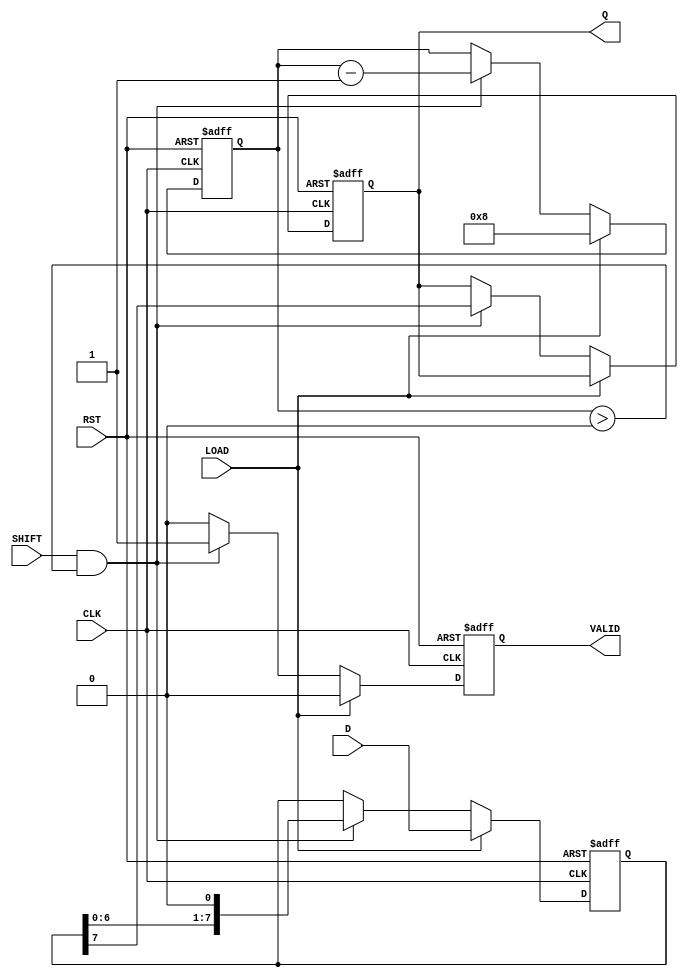
module PISO_Register #(
    parameter WIDTH = 8 // Define the width of the register
)(
    input  wire [WIDTH-1:0] D,      // Parallel data input
    input  wire LOAD,                 // Load control signal
    input  wire SHIFT,                // Shift control signal
    input  wire CLK,                  // Clock signal
    input  wire RST,                  // Asynchronous reset
    output reg  Q,                    // Serial output
    output reg  VALID                 // Data valid signal
);

    reg [WIDTH-1:0] storage;          // Storage register
    reg [3:0] bit_count;               // Counter for bits shifted out

    // Asynchronous reset
    always @(posedge CLK or posedge RST) begin
        if (RST) begin
            storage <= {WIDTH{1'b0}};   // Clear storage register
            Q <= 1'b0;                  // Clear serial output
            VALID <= 1'b0;              // Clear valid signal
            bit_count <= 4'b0;          // Reset bit counter
        end else begin
            if (LOAD) begin
                storage <= D;           // Load data into storage register
                bit_count <= WIDTH;     // Set bit count to width
                VALID <= 1'b0;          // Clear valid signal
            end else if (SHIFT && bit_count > 0) begin
                Q <= storage[WIDTH-1];  // Output the MSB
                storage <= {storage[WIDTH-2:0], 1'b0}; // Shift left
                bit_count <= bit_count - 1; // Decrement bit count
                VALID <= 1'b1;          // Indicate valid data
            end else begin
                VALID <= 1'b0;          // Clear valid signal if not shifting
            end
        end
    end

endmodule